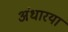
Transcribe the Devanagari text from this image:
अंधारया